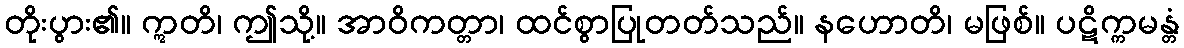
တိုးပွား၏။ ဣတိ၊ ဤသို့။ အာဝိကတ္တာ၊ ထင်စွာပြုတတ်သည်။ နဟောတိ၊ မဖြစ်။ ပဋိက္ကမန္တံ